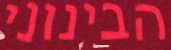
הבינוני